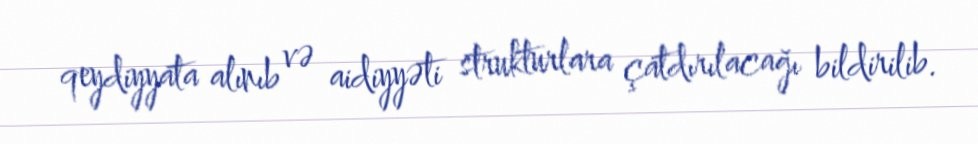
qeydiyyata alınıb və aidiyyəti strukturlara çatdırılacağı bildirilib.